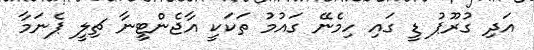
އަދި ގުރޫޕު ޑީ ގައި ހިމެނޭ ގައުމު ތަކަކީ އާޖެންޓީނާ ޗިލީ ޕެނަމާ